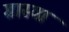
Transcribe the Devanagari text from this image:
ग्रास्या